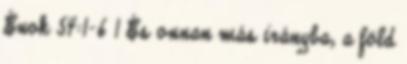
Énok 54:1-6 1 És onnan más irányba, a föld